Civil Veterinary Dept. Bombay admin report 1907-1913 - 1907-1913
Year: 1907
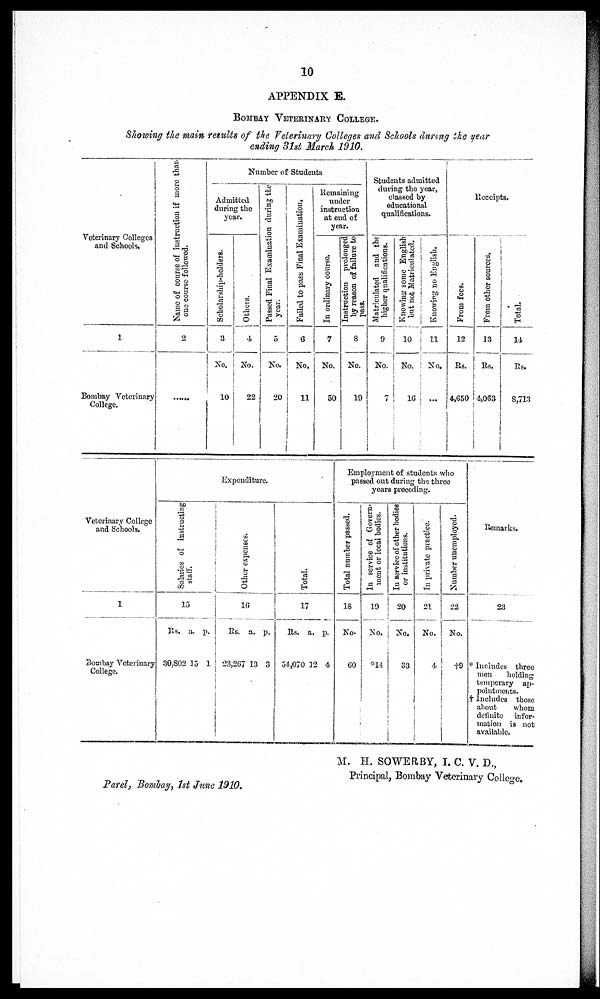
10
APPENDIX E.
Bombay Veterinary College.
Showing the main results of the Veterinary Colleges and Schools (during the year
Veterinary Colleges
and Schools.
1
Bombay Veterinary
College.
Name of course of instruction if more than
one course followed.
2
.......
Number of Students
Admitted
during the
year.
Scholarship-holders.
3
No.
10
Others.
4
No.
22
Passed Final Examination during the
year.
5
No.
20
Failed to pass Final Examination.
6
11
In ordinary course.
7
No.
50
Instruction prolonged
by reason of failure to
pass.
8
No.
19
Students admitted
during the year,
classed by
educational
qualifications.
Matriculated and the
higher qualifications.
9
No.
7
Knowing some English
but not Matriculated.
Knowing no English.
16
Receipts.
From fees.
12
Rs.
4,650
From other sources.
13
Rs.
4,063
Total.
14.
Rs.
8,713
Veterinary College
and Schools.
1
Bombay Veterinary
College.
Expenditure.
Salaries of i
ns t
r uct i
ng
staff'.
15
Rs. a. p.
30,802 15 1
Other expenses.
16
Rs. a. p.
23,267 13 3
Total.
17
Rs. a. p.
54,070 12 4
Employment of students who
passed out during the three
years preceding.
Total number passed.
18
No-
go
In service of Govern-
ment or local bodies.
19
No.
14
In service of other bodies
or institutions.
20
No.
S3
In private practice.
21
No.
4,
Number unemployed.
22
No.
l
Remarks.
23
* Includes three
men
holding
temporary ap-
pointments.
Includes those
about
whom
definite
infor-
mation is not
available.
Parel, Bombay, 1st June 1910.
M. H. SOWEMBY, I. C. V. D.,
Principal, Bombay Veterinary Colleo-e.